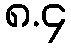
၈.၄